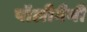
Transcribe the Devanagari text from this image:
पॉलीगैमी